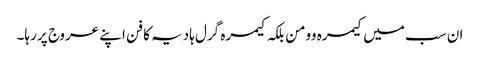
ان سب میں کیمرہ وومن بلکہ کیمرہ گرل ہادیہ کا فن اپنے عروج پر رہا۔